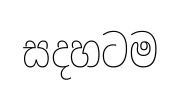
සදහටම